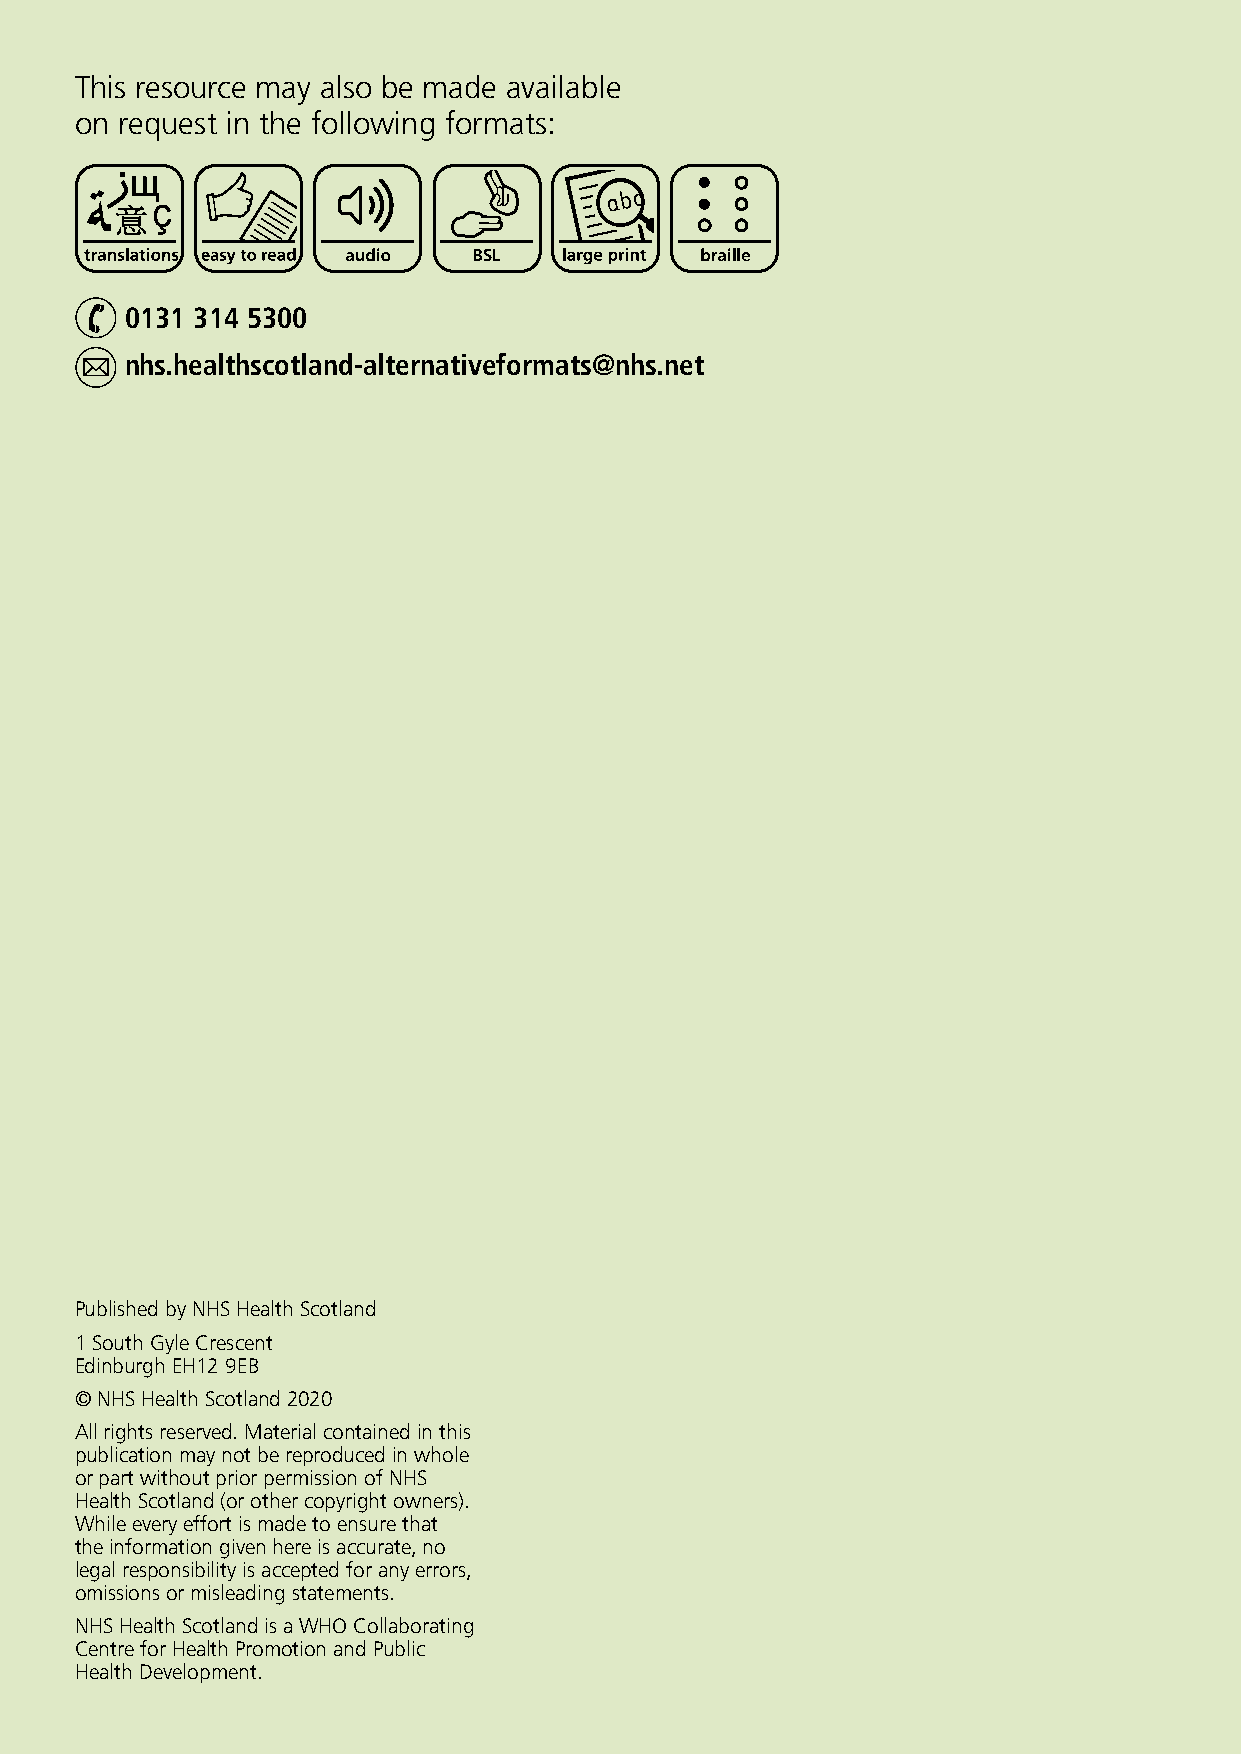
This resource may also be made available
 on request in the following formats:
 0131 314 5300
 nhs.healthscotland-alternativeformats@nhs.net
 Published by NHS Health Scotland
 1 South Gyle Crescent
 Edinburgh EH12 9EB
 © NHS Health Scotland 2020
 All rights reserved. Material contained in this
 publication may not be reproduced in whole
 or part without prior permission of NHS
 Health Scotland (or other copyright owners).
 While every effort is made to ensure that
 the information given here is accurate, no
 legal responsibility is accepted for any errors,
 omissions or misleading statements.
 NHS Health Scotland is a WHO Collaborating
 Centre for Health Promotion and Public
 Health Development.